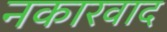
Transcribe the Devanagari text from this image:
नकारवाद